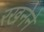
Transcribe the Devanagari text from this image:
रखनेने